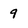
Character: 9